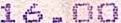
16.00